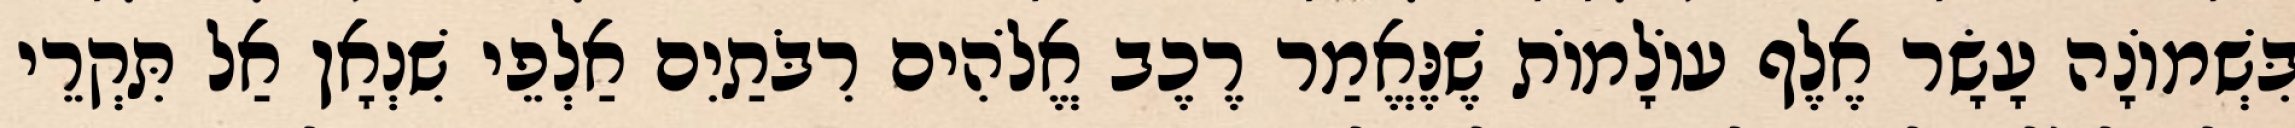
בִּשְׁמוֹנָה עָשָׂר אֶלֶף עוֹלָמוֹת שֶׁנֶּאֱמַר רֶכֶב אֱלֹהִים רִבֹּתַיִם אַלְפֵי שִׁנְאָן אַל תִּקְרֵי